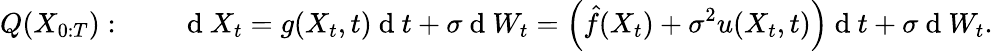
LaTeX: Q(X_{0:T}):\qquad\mathrm{~d~}X_{t}=g(X_{t},t)\mathrm{~d~}t+\sigma\mathrm{~d~}W_{t}=\left(\hat{f}(X_{t})+\sigma^{2}u(X_{t},t)\right)\mathrm{~d~}t+\sigma\mathrm{~d~}W_{t}.